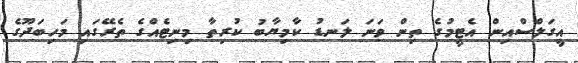
އީގަލްސްއިން އެޓީމުގެ ތިން ވަނަ ލަނޑު ކާމިޔާބު ކުރިތާ މިނިޓެއްގެ ތެރޭގައި މަހިބަދޫގެ